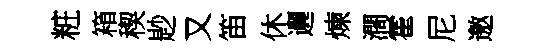
粧箱稧尟又笛休邐煉濶霍尼邀